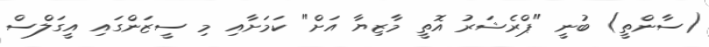
(ސާންތީ) ބުނީ "ޕްރެޝަރު އޮތީ މާޒިޔާ އަށް" ކަމަށާއި މި ސީޒަންގައި އީގަލްސް